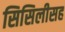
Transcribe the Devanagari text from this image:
सिसिलीसह